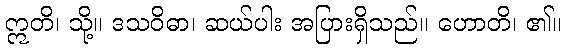
ဣတိ၊ သို့။ ဒသဝိဓာ၊ ဆယ်ပါး အပြားရှိသည်။ ဟောတိ၊ ၏။